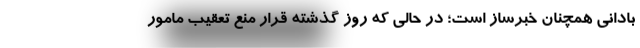
بادانی همچنان خبرساز است؛ در حالی که روز گذشته قرار منع تعقیب مامور